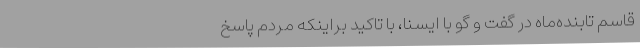
قاسم تابنده‌ماه در گفت و گو با ایسنا، با تاکید براینکه مردم پاسخ